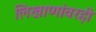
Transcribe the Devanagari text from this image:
लिखाणांवरही